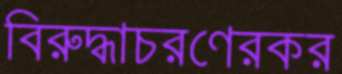
বিরুদ্ধাচরণেরকর